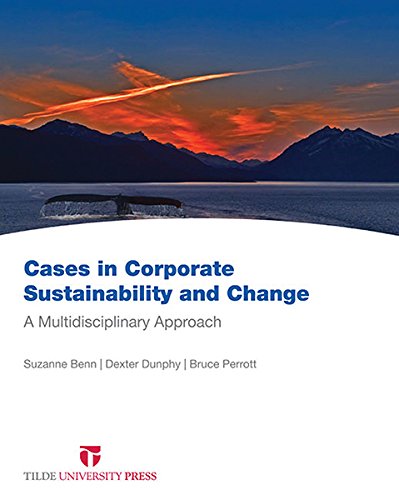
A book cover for Cases in Corporate Sustainability and Change: A Multidisciplinary Approach; Dexter Dunphy; Business & Money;